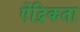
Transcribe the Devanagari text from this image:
ऐंद्रिकता